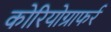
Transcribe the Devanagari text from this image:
कोरियोग्राफर्र